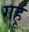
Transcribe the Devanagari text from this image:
गहूं